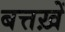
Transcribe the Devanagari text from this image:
बत्तख़ें